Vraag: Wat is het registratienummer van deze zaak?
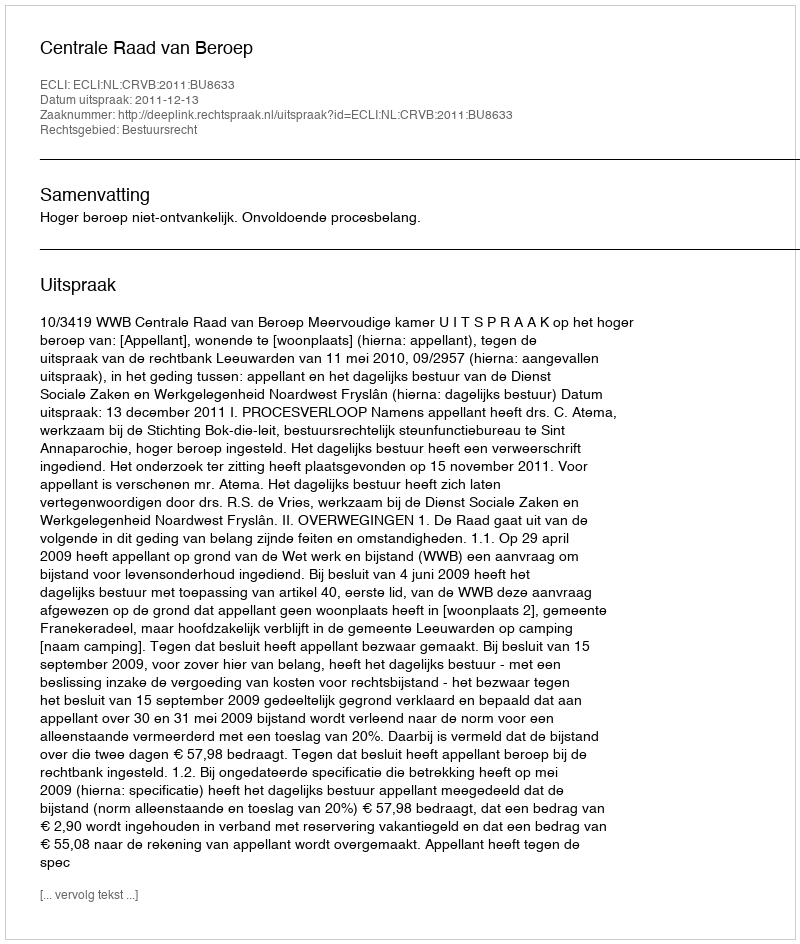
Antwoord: http://deeplink.rechtspraak.nl/uitspraak?id=ECLI:NL:CRVB:2011:BU8633